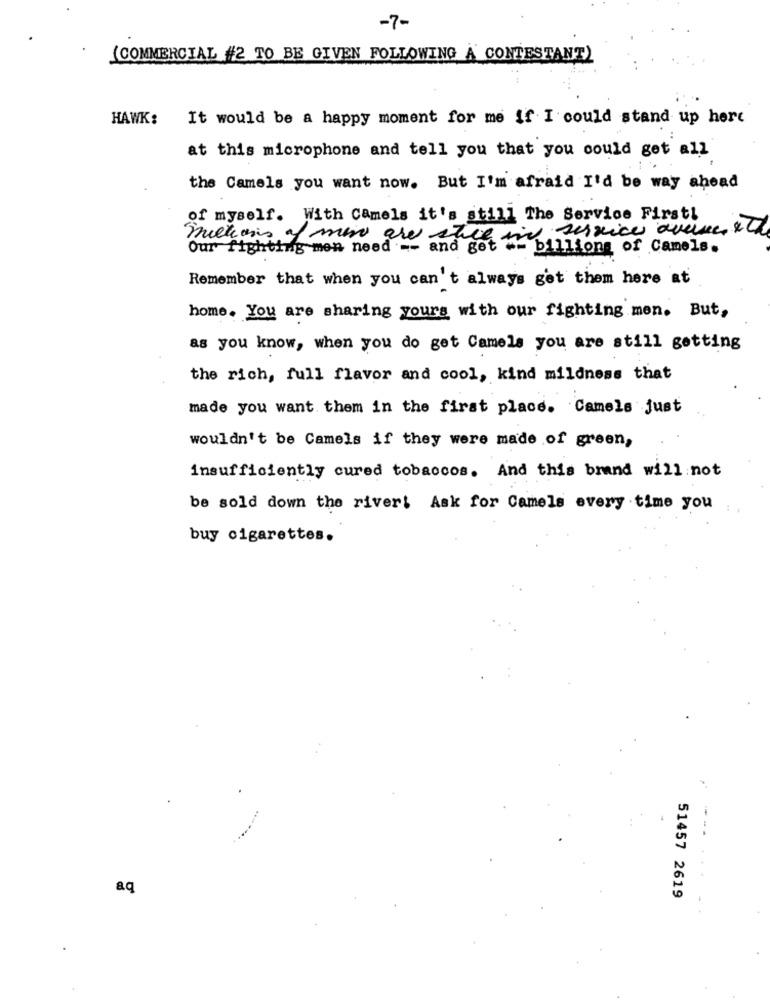
-7-
(COMMERCIAL #2 TO BE GIVEN FOLLOWING À CONTESTANT)
HAWK:
It would be a happy moment for me if I could stand up here
at this microphone and tell you that you could get all
the Camels you want now. But I'm afraid I'd be way ahead
of myself. With Camels it's still The Service First!
millions of men are still in service avenue, &th
Our fighting men need -- and get "- billions of Camels.
Remember that when you can't always get them here at
home. You are sharing yours with our fighting men. But,
as you know, when you do get Camels you are still getting
the rich, full flavor and cool, kind mildness that
made you want them in the first place. Camels just
wouldn't be Camels if they were made of green,
insufficiently cured tobaccos. And this brand will not
be sold down the river! Ask for Camels every time you
buy cigarettes.
aq
51457 2619